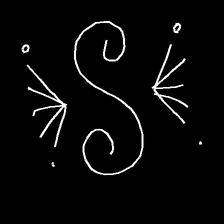
Glyph: aeroform